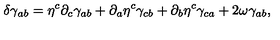
\delta \gamma _ { a b } = \eta ^ { c } \partial _ { c } \gamma _ { a b } + \partial _ { a } \eta ^ { c } \gamma _ { c b } + \partial _ { b } \eta ^ { c } \gamma _ { c a } + 2 \omega \gamma _ { a b } ,